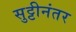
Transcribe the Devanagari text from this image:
सुट्टीनंतर